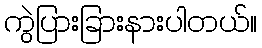
ကွဲပြားခြားနားပါတယ်။